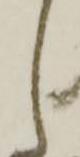
し